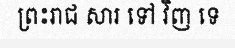
ព្រះរាជ សារ ទៅ វិញ ទេ